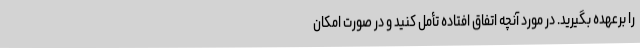
را برعهده بگیرید. در مورد آنچه اتفاق افتاده تأمل کنید و در صورت امکان